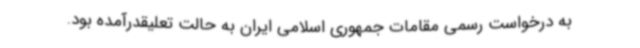
به درخواست رسمی مقامات جمهوری اسلامی ایران به حالت تعلیقدرآمده بود.